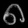
Digit: ၈